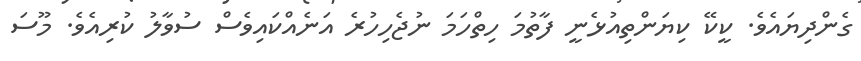
ގެންދިޔައެވެ. ކީކޭ ކިޔަންތިއުޅެނީ ފާތުމަ ހިތްހަމަ ނުޖެހިހުރެ އަނެއްކައިވެސް ސުވާލު ކުރިއެވެ. މޫސަ